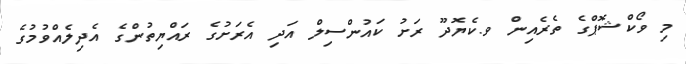
މި ވޯކްޝޮޕްގެ ތެރެއިން ވ.ކެޔޮދޫ ރަށު ކައުންސިލް އަދި އެރަށުގެ ރައްޔިތުންގެ އެދިލެއްވުމުގެ